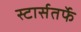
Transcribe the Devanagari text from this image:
स्टार्सतर्फे